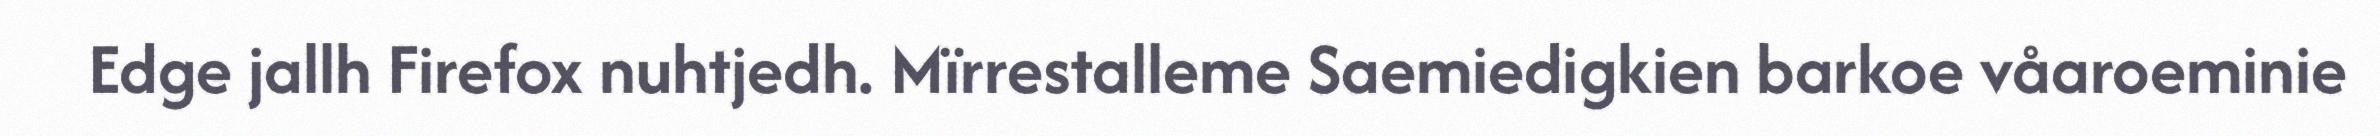
Edge jallh Firefox nuhtjedh. Mïrrestalleme Saemiedigkien barkoe våaroeminie